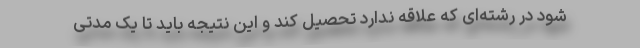
شود در رشته‌ای که علاقه ندارد تحصیل کند و این نتیجه باید تا یک مدتی